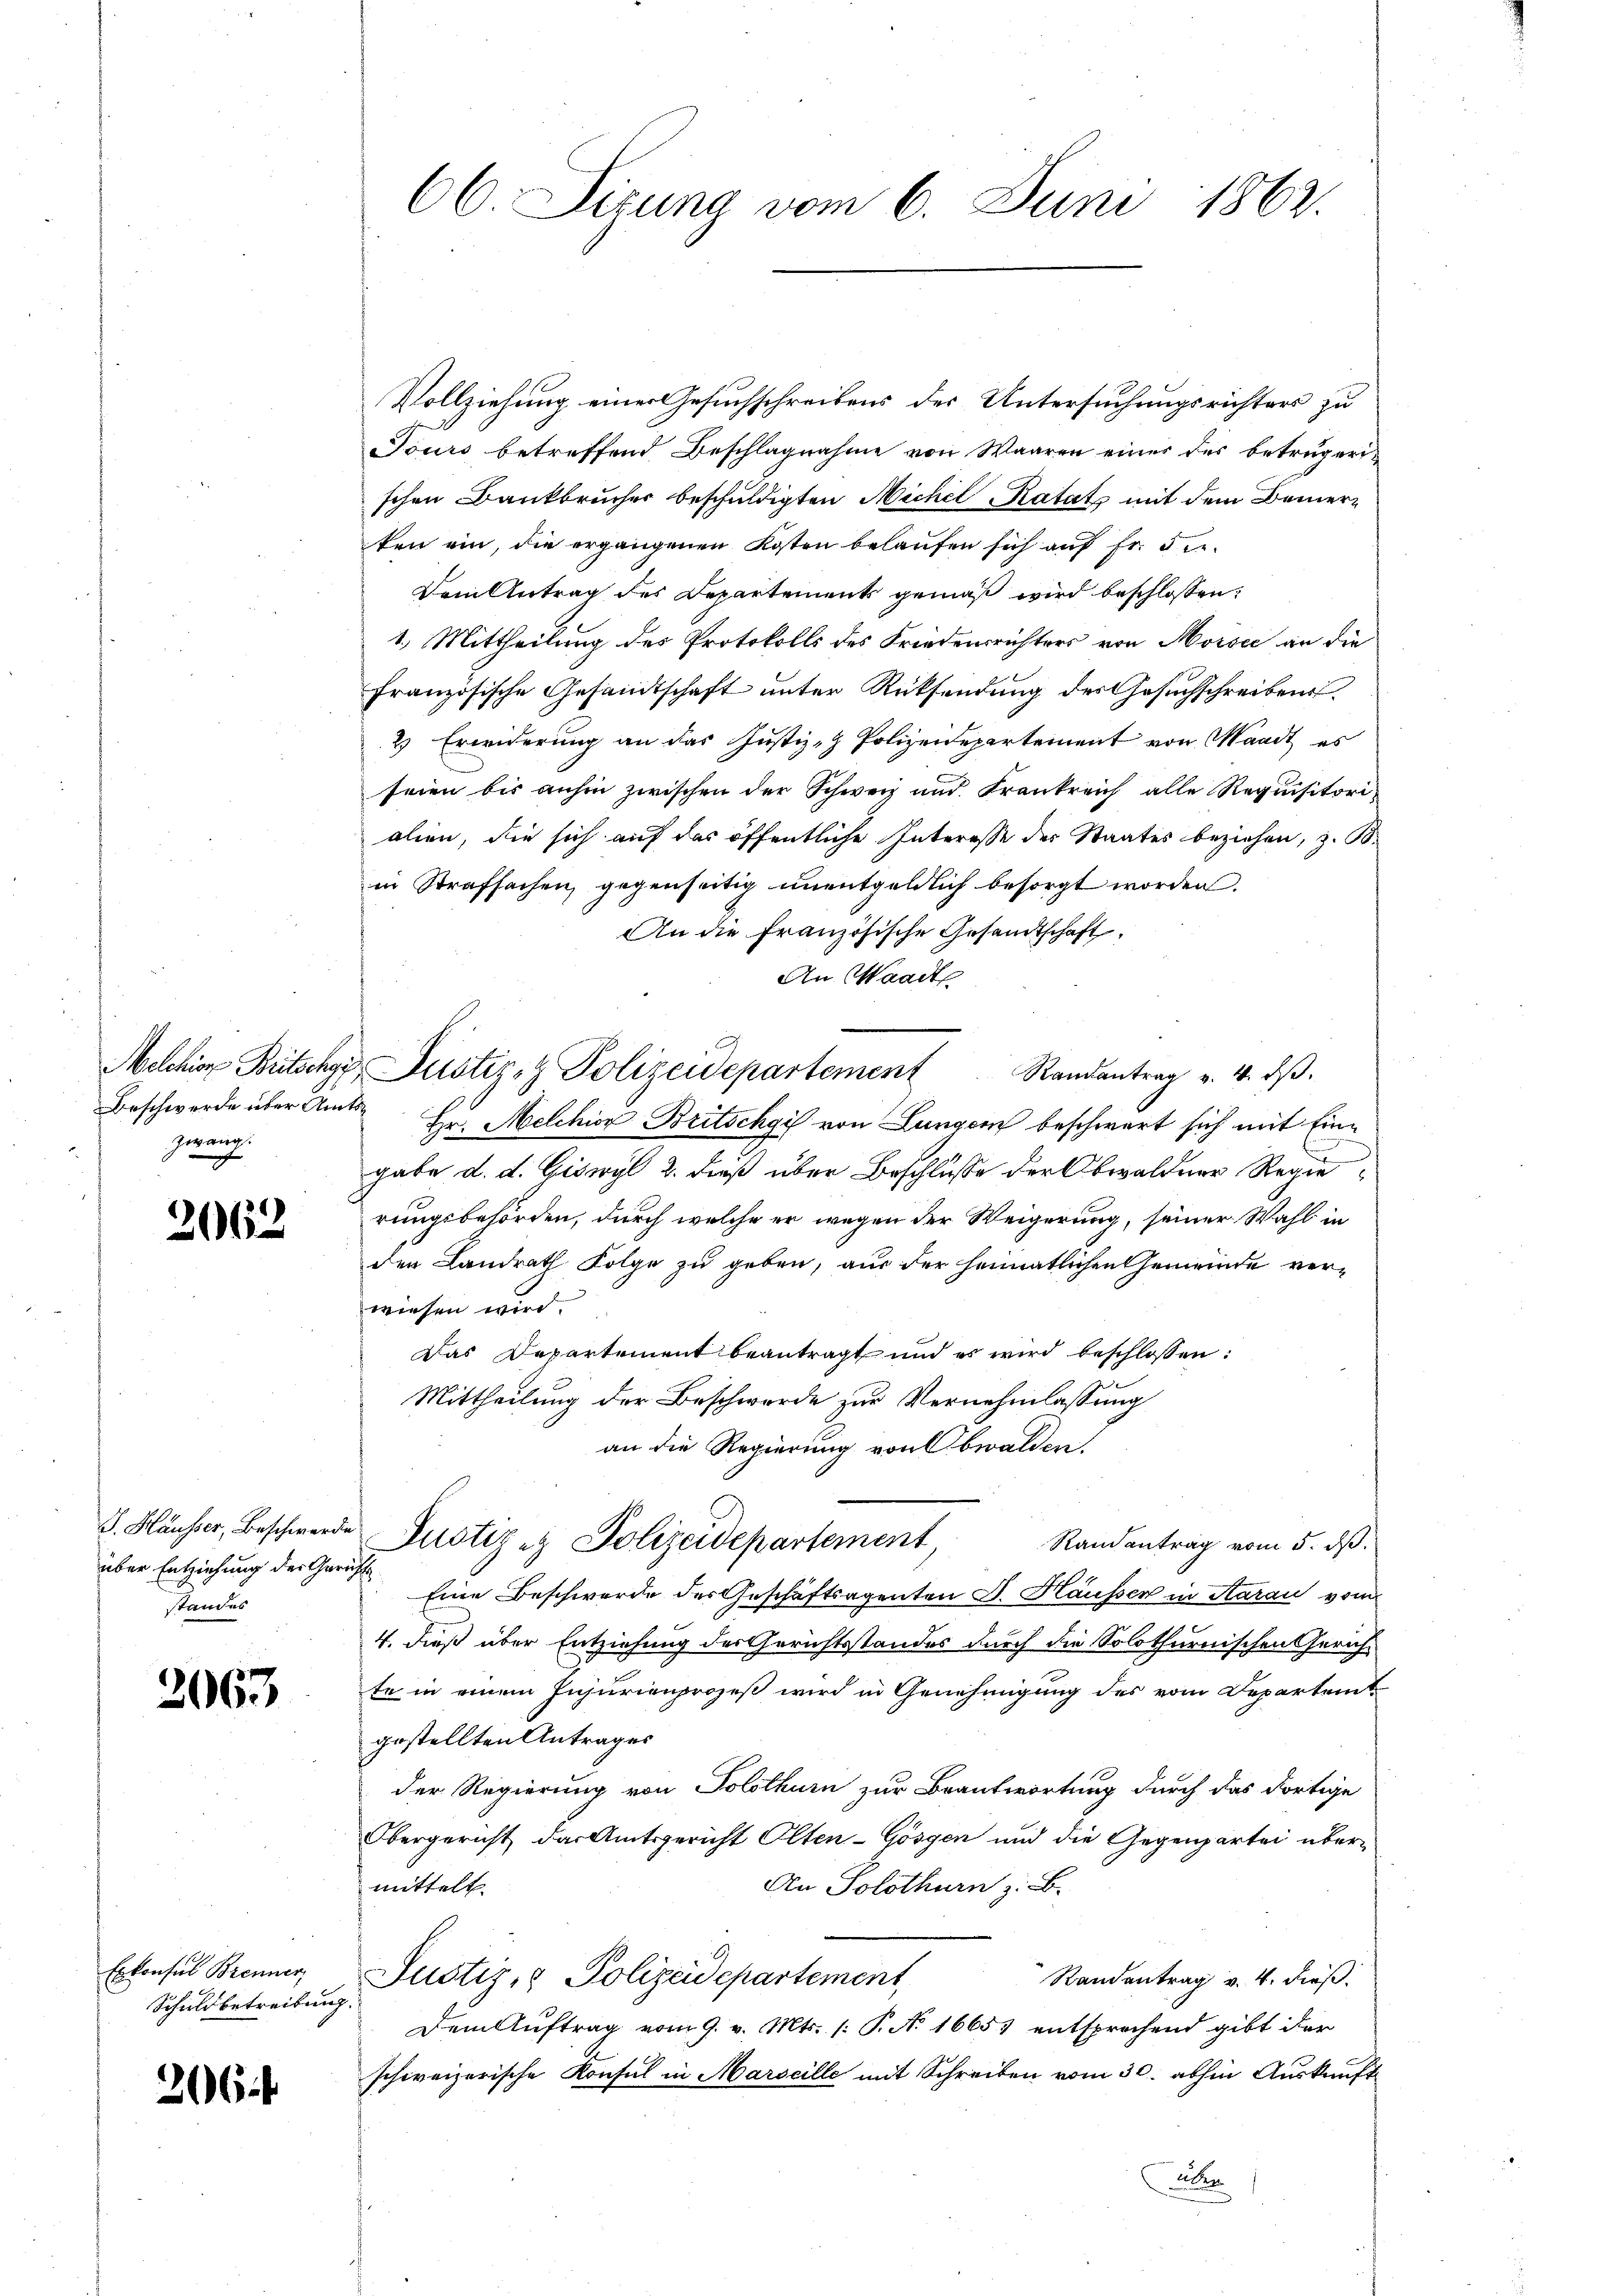
Melchior Britschgi
Beschwerde über Am
zwang.

2062

J. Hausser, Beschwerde
über Entziehung der Gerich
standes

2063

Erkonsul Brenner,
Schuldbetreibung

206

66 Firung vom 6. Juni 1862.

Vollziehung einer Gesuchschreibens der Untersuchungsrichters zu
Tours betreffend Beschlagnahme von Waaren einer des betrüger-
schen Dankbrücher beschuldigten Michel Katats mit dem Bemerken ein, die ergangenen Kosten belaufen sich auf Fr. 5 te
Dam Antrag des Departement gemäß wird beschlossen:
1.) Mittheilung des Protokolls des Friedensrichters von Horsee an die
französische Gesandtschaft unter Rücksendung des Gesuchschreibens¬
2) Erwiderung an das Justiz- & Polizeidepartement von Waadt es
seien bis anhin zwischen der Schweiz und Frankreich alle Requisitori-
alien, die sich auf das öffentliche Interesse der Staates beziehen, z. B.
in Strafsachen, gegenseitig unentgeldlich besorgt worden.
An die französische Gesandtschaft
An Waadt
Justiz- & Polizeidepartement Randantrag v. 4. dβ.
 Hr. Melchior Britschgi von Lungen beschwert sich mit Eingabe d. d. Giswyl 2. dieß über Beschlüsse der Obwaldner Regierungsbehörden, durch welche er wegen der Weigerung, seiner Wahl in
den Landrath Folge zu geben, aus der heimatlichen Gemeinde verwiesen wird.
Das Departement beantragt und es wird beschlossen:
Mittheilung der Beschwerde zur Vernehmlassung
an die Regierung von Obwalden.
Justiz & Polizeidepartement
Randantrag vom 5. dß.
Eine Beschwerde des Geschäftsagenten S. Häusser in Aarau vom
4. dieß über Entziehung der Gerichtsstandes durch die Solothurnischen Gerichte in einem Injurienprozeß wird in Genehmigung des vom Departem
gestellten Antrages
der Regierung von Solothurn zur Beantwortung durch das dortige
Obergericht, das Amtsgericht Olten-Gösgen und die Gegenpartei übermittelt.
An Solothurn z. B.
Justiz- & Polizeidepartement
Randentrag v. 4. dieß.
Dem Aŭftrag vom 9. v. Mts. (: P. N. 16657 entsprechend gibt der
schweizerische Konsul in Marseille mit Schreiben vom 30. abhin Auskunft
Alter